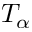
T _ { \alpha }